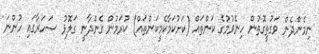
ނިމެންދެން ވަގުތީގޮތުން ހިނެވުމުގެ ކަންތައް (ކަށުކަމާކެމީކަންތައް) ކުރަމުން ގެންދާނީ ގަލޮޅު ސަހަރާގައި ހުންނަ